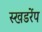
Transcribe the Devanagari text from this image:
स्खडरेंप